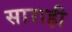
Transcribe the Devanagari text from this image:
साराही